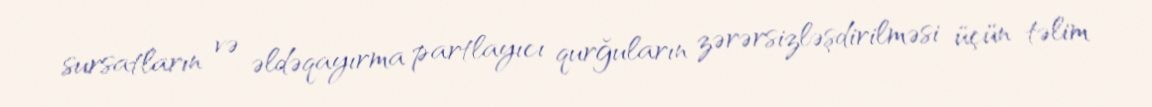
sursatların və əldəqayırma partlayıcı qurğuların zərərsizləşdirilməsi üçün təlim